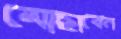
মোছাবেন